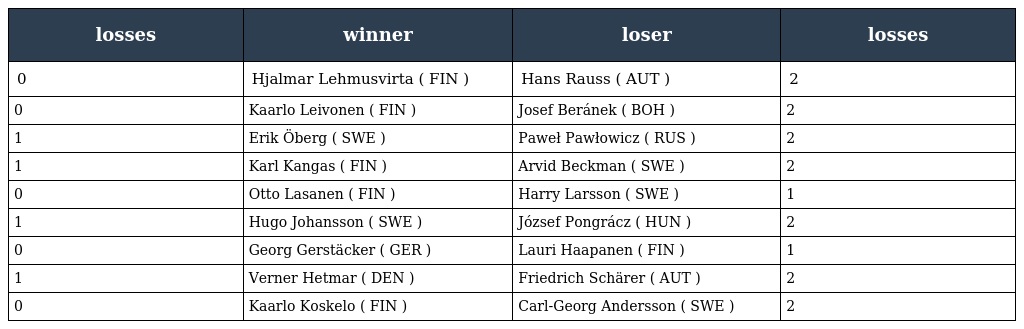
| losses | winner | loser | losses |
 | --- | --- | --- | --- |
 | 0 | Hjalmar Lehmusvirta ( FIN ) | Hans Rauss ( AUT ) | 2 |
 | 0 | Kaarlo Leivonen ( FIN ) | Josef Beránek ( BOH ) | 2 |
 | 1 | Erik Öberg ( SWE ) | Paweł Pawłowicz ( RUS ) | 2 |
 | 1 | Karl Kangas ( FIN ) | Arvid Beckman ( SWE ) | 2 |
 | 0 | Otto Lasanen ( FIN ) | Harry Larsson ( SWE ) | 1 |
 | 1 | Hugo Johansson ( SWE ) | József Pongrácz ( HUN ) | 2 |
 | 0 | Georg Gerstäcker ( GER ) | Lauri Haapanen ( FIN ) | 1 |
 | 1 | Verner Hetmar ( DEN ) | Friedrich Schärer ( AUT ) | 2 |
 | 0 | Kaarlo Koskelo ( FIN ) | Carl-Georg Andersson ( SWE ) | 2 |